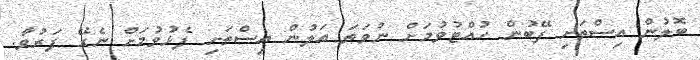
ބޮލުން އިސްތަށި ފޭބުން ހުއްޓުވުމަށް ނުވަތަ އަލުން އިސްތަށި ފެޅުވުމަށް ނެގޭ ފަރުވާ.